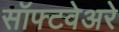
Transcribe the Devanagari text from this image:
सॉफ्टवेअरे